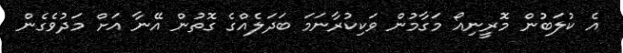
އެ ކުލަބުން މޮރީނިއޯ މަގާމުން ވަކިކުރާނަމަ ބަދަލެއްގެ ގޮތުން އޭނާ އަށް މަދުވެގެން